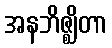
အနဘိဇ္ဈိတာ